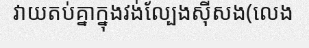
វាយតប់គ្នាក្នុងវង់ល្បែងស៊ីសង(លេង